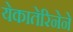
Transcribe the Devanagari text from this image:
येकातेरिनेने